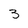
Character: 3